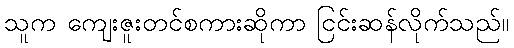
သူက ကျေးဇူးတင်စကားဆိုကာ ငြင်းဆန်လိုက်သည်။